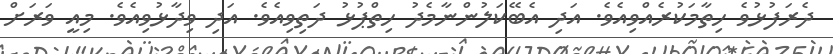
ދެރަފުޅުވެ ހިތާމަކުރެއްވިއެވެ. އަދި އެބޭކަލުންނާމެދު ހިތްޕުޅު ދަތިވިއެވެ. އަދި ވިދާޅުވިއެވެ. މިއީ ވަރަށް